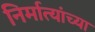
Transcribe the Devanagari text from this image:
निर्मात्यांच्या